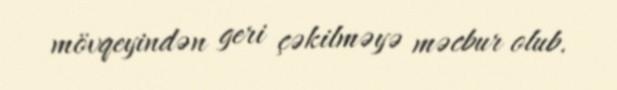
mövqeyindən geri çəkilməyə məcbur olub.